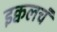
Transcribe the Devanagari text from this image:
इक्वलचं